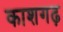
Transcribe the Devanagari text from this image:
काशगढ़